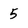
Character: 5